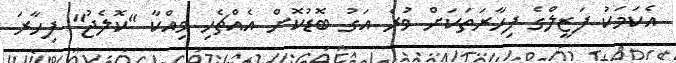
އެކަމަކު ފަޒީލްގެ ފިހާރަތަކަށް ވުރެ އަގު ބޮޑުކޮށް އެއްޗެހި ވިއްކާ "ކޮލެޖު" ފިހާރަ